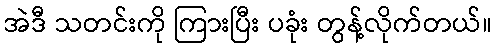
အဲဒီ သတင်းကို ကြားပြီး ပခုံး တွန့်လိုက်တယ်။